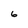
Character: 6